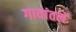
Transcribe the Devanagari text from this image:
गावांतले